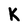
Character: K